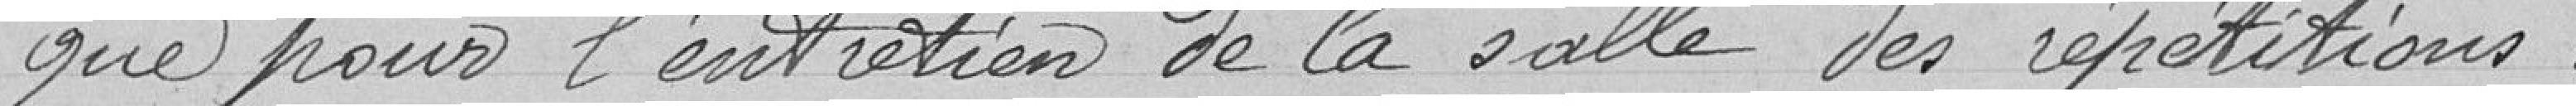
que pour l'entretien de la salle des répétitions.